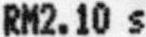
RM2.10 S